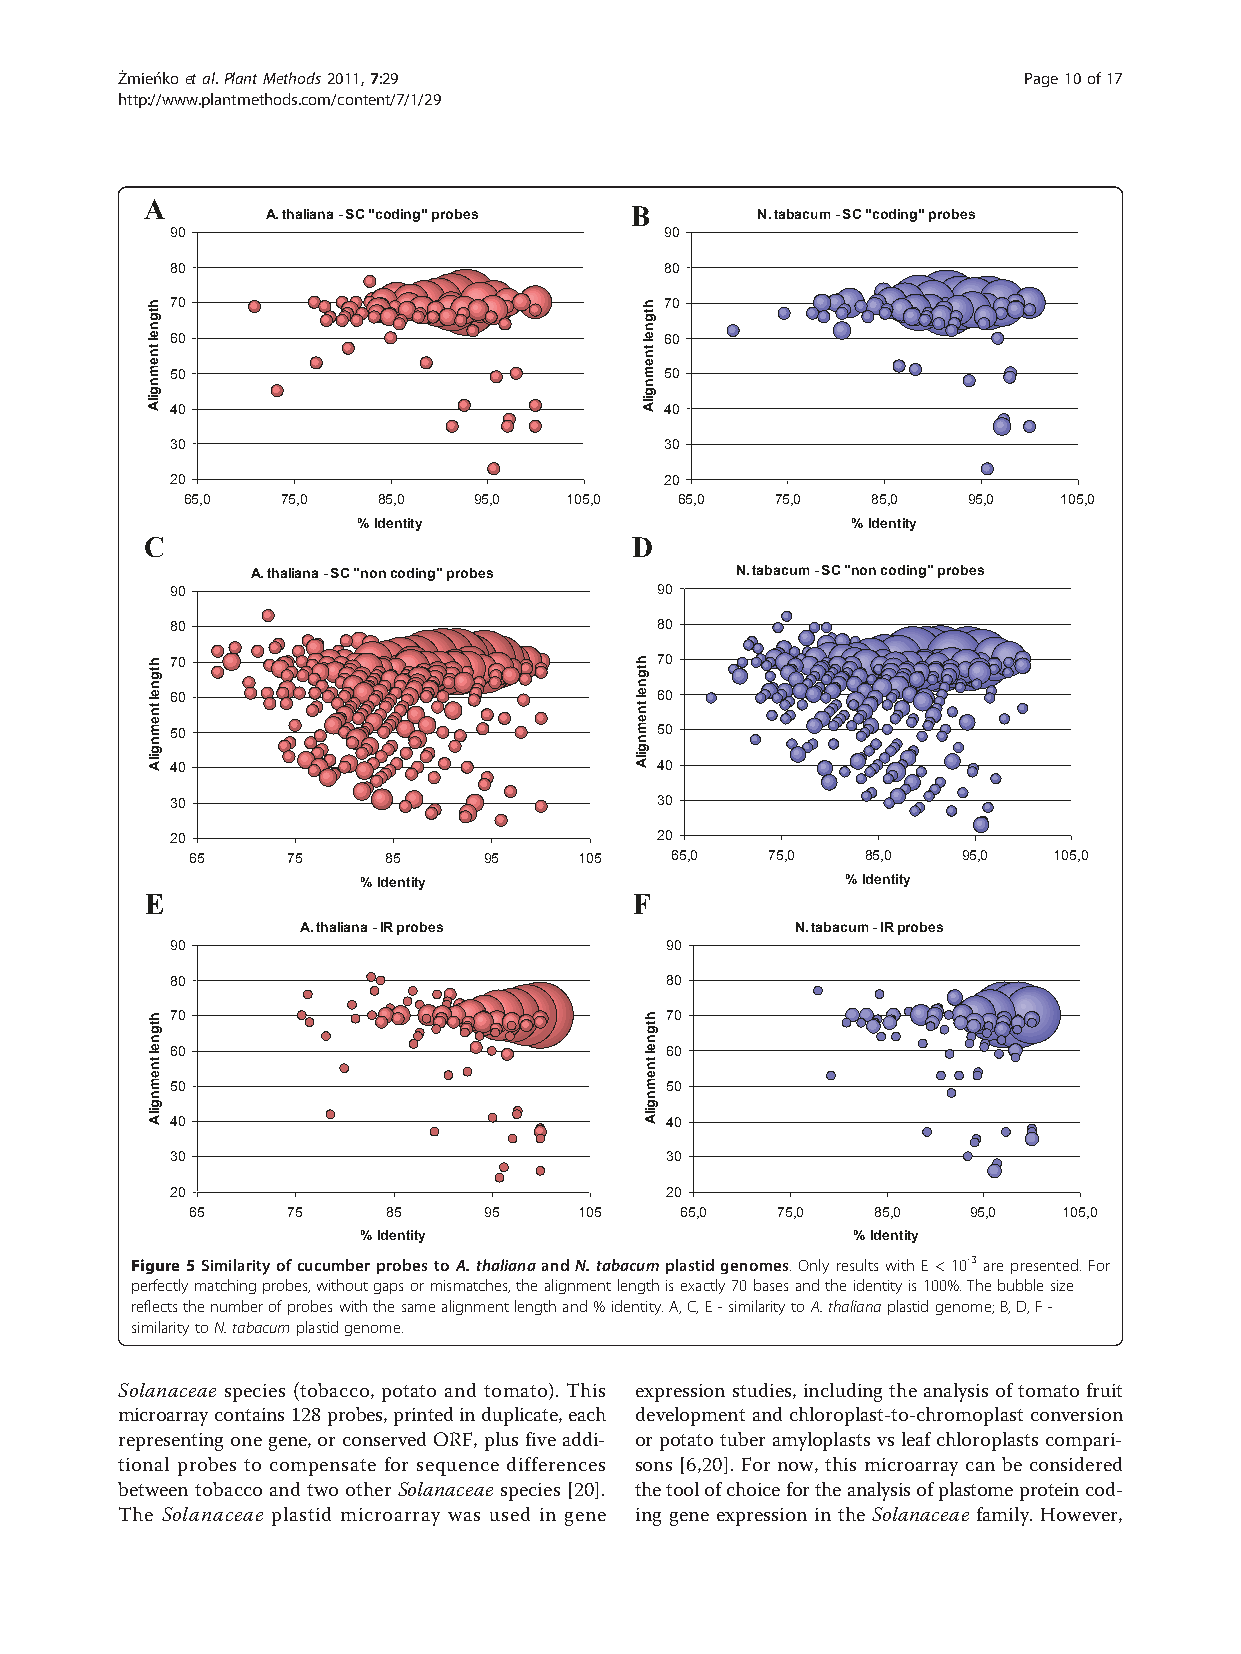
Żmieńkoetal.PlantMethods2011,7:29                           Page10of17
 http://www.plantmethods.com/content/7/1/29
 A       A. thaliana - SC "coding" probes B N. tabacum - SC "coding" probes
 90                               90
 80                               80
 70                               70
 60                               60
 50                               50
 40                               40
 30                               30
 20                               20
 65,0   75,0  85,0  95,0  105,0   65,0  75,0   85,0  95,0  105,0
 % Identity                      % Identity
 C                               D
 A. thaliana - SC "non coding" probes N. tabacum - SC "non coding" probes
 90                              90
 80                              80
 70                              70
 60                              60
 50                              50
 40                              40
 30                              30
 20                              20
 65    75     85    95    105   65,0   75,0  85,0   95,0  105,0
 % Identity                      % Identity
 E                               F
 A. thaliana - IR probes          N. tabacum - IR probes
 90                               90
 80                               80
 70                               70
 60                               60
 50                               50
 40                               40
 30                               30
 20                               20
 65     75     85    95    105    65,0  75,0   85,0  95,0  105,0
 % Identity                      % Identity
 Figure5SimilarityofcucumberprobestoA.thalianaandN.tabacumplastidgenomes.OnlyresultswithE<10-3arepresented.For
 perfectlymatchingprobes,withoutgapsormismatches,thealignmentlengthisexactly70basesandtheidentityis100%.Thebubblesize
 reflectsthenumberofprobeswiththesamealignmentlengthand%identity.A,C,E-similaritytoA.thalianaplastidgenome;B,D,F-
 similaritytoN.tabacumplastidgenome.
 Solanaceae species (tobacco, potato and tomato). This expression studies, includingthe analysisof tomato fruit
 microarraycontains128probes,printedinduplicate,each development andchloroplast-to-chromoplastconversion
 representingonegene,orconserved ORF,plusfiveaddi- orpotatotuberamyloplastsvsleafchloroplastscompari-
 tional probes to compensate for sequence differences sons [6,20]. For now, this microarray can be considered
 between tobacco and two other Solanaceae species [20]. thetoolofchoicefortheanalysisofplastomeproteincod-
 The Solanaceae plastid microarray was used in gene ing gene expression in the Solanaceae family. However,
 htgnel
 tnemngilA
 htgnel
 tnemngilA
 htgnel
 tnemngilA
 htgnel
 tnemngilA
 htgnel
 tnemngilA
 htgnel
 tnemngilA